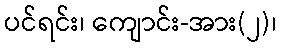
ပင်ရင်း၊ ကျောင်း-အား(၂)၊